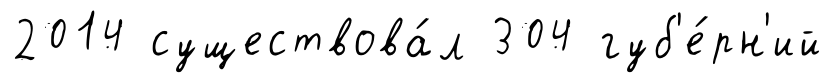
2014 существова́л 304 губ'е́рн'ий